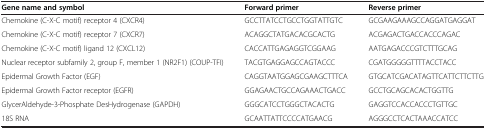
| Gene name and symbol | Forward primer | Reverse primer |
 | --- | --- | --- |
 | Chemokine (C-X-C motif) receptor 4 (CXCR4) | GCCTTATCCTGCCTGGTATTGTC | GCGAAGAAAGCCAGGATGAGGAT |
 | Chemokine (C-X-C motif) receptor 7 (CXCR7) | ACAGGCTATGACACGCACTG | ACGAGACTGACCACCCAGAC |
 | Chemokine (C-X-C motif) ligand 12 (CXCL12) | CACCATTGAGAGGTCGGAAG | AATGAGACCCGTCTTTGCAG |
 | Nuclear receptor subfamily 2, group F, member 1 (NR2F1) (COUP-TFI) | TACGTGAGGAGCCAGTACCC | CGATGGGGGTTTTACCTACC |
 | Epidermal Growth Factor (EGF) | CAGGTAATGGAGCGAAGCTTTCA | GTGCATCGACATAGTTCATTCTTCTTG |
 | Epidermal Growth Factor receptor (EGFR) | GGAGAACTGCCAGAAACTGACC | GCCTGCAGCACACTGGTTG |
 | GlycerAldehyde-3-Phosphate DesHydrogenase (GAPDH) | GGGCATCCTGGGCTACACTG | GAGGTCCACCACCCTGTTGC |
 | 18S RNA | GCAATTATTCCCCATGAACG | AGGGCCTCACTAAACCATCC |